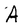
Character: A